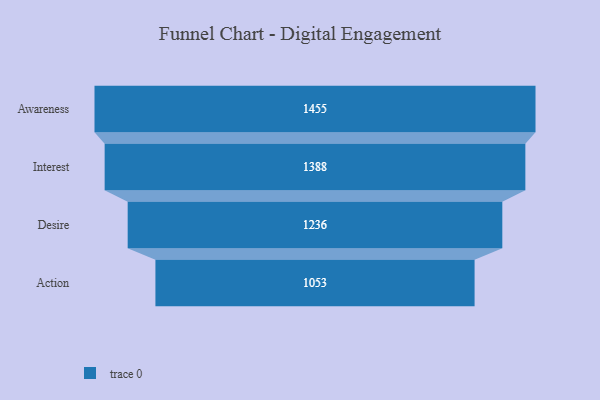
{"axis": {"x": "Stage", "y": "Value"}, "legend": [""], "data": [{"x": "Awareness", "y": 1455.0, "type": ""}, {"x": "Interest", "y": 1388.0, "type": ""}, {"x": "Desire", "y": 1236.0, "type": ""}, {"x": "Action", "y": 1053.0, "type": ""}]}